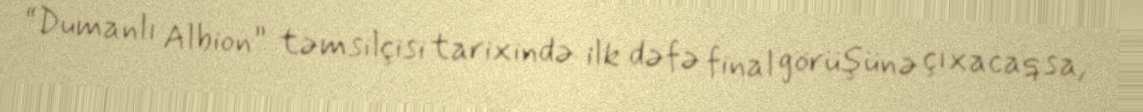
“Dumanlı Albion” təmsilçisi tarixində ilk dəfə final görüşünə çıxacaqsa,